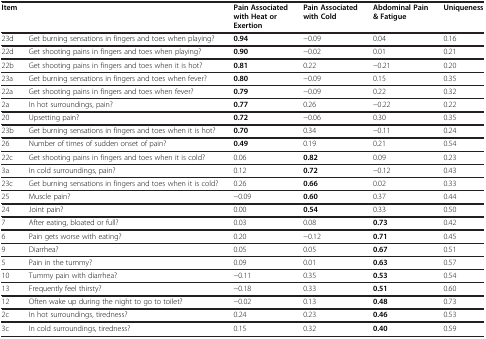
<table><thead><tr><td colspan="2"><b>Item</b></td><td><b>Pain Associated with Heat or Exertion</b></td><td><b>Pain Associated with Cold</b></td><td><b>Abdominal Pain &amp; Fatigue</b></td><td><b>Uniqueness</b></td></tr></thead><tbody><tr><td>23d</td><td>Get burning sensations in fingers and toes when playing?</td><td><b>0.94</b></td><td>−0.09</td><td>0.04</td><td>0.16</td></tr><tr><td>22d</td><td>Get shooting pains in fingers and toes when playing?</td><td><b>0.90</b></td><td>−0.02</td><td>0.01</td><td>0.21</td></tr><tr><td>22b</td><td>Get shooting pains in fingers and toes when it is hot?</td><td><b>0.81</b></td><td>0.22</td><td>−0.21</td><td>0.20</td></tr><tr><td>23a</td><td>Get burning sensations in fingers and toes when fever?</td><td><b>0.80</b></td><td>−0.09</td><td>0.15</td><td>0.35</td></tr><tr><td>22a</td><td>Get shooting pains in fingers and toes when fever?</td><td><b>0.79</b></td><td>−0.09</td><td>0.22</td><td>0.32</td></tr><tr><td>2a</td><td>In hot surroundings, pain?</td><td><b>0.77</b></td><td>0.26</td><td>−0.22</td><td>0.22</td></tr><tr><td>20</td><td>Upsetting pain?</td><td><b>0.72</b></td><td>−0.06</td><td>0.30</td><td>0.35</td></tr><tr><td>23b</td><td>Get burning sensations in fingers and toes when it is hot?</td><td><b>0.70</b></td><td>0.34</td><td>−0.11</td><td>0.24</td></tr><tr><td>26</td><td>Number of times of sudden onset of pain?</td><td><b>0.49</b></td><td>0.19</td><td>0.21</td><td>0.54</td></tr><tr><td>22c</td><td>Get shooting pains in fingers and toes when it is cold?</td><td>0.06</td><td><b>0.82</b></td><td>0.09</td><td>0.23</td></tr><tr><td>3a</td><td>In cold surroundings, pain?</td><td>0.12</td><td><b>0.72</b></td><td>−0.12</td><td>0.43</td></tr><tr><td>23c</td><td>Get burning sensations in fingers and toes when it is cold?</td><td>0.26</td><td><b>0.66</b></td><td>0.02</td><td>0.33</td></tr><tr><td>25</td><td>Muscle pain?</td><td>−0.09</td><td><b>0.60</b></td><td>0.37</td><td>0.44</td></tr><tr><td>24</td><td>Joint pain?</td><td>0.00</td><td><b>0.54</b></td><td>0.33</td><td>0.50</td></tr><tr><td>7</td><td>After eating, bloated or full?</td><td>0.03</td><td>0.08</td><td><b>0.73</b></td><td>0.42</td></tr><tr><td>6</td><td>Pain gets worse with eating?</td><td>0.20</td><td>−0.12</td><td><b>0.71</b></td><td>0.45</td></tr><tr><td>9</td><td>Diarrhea?</td><td>0.05</td><td>0.05</td><td><b>0.67</b></td><td>0.51</td></tr><tr><td>5</td><td>Pain in the tummy?</td><td>0.09</td><td>0.01</td><td><b>0.63</b></td><td>0.57</td></tr><tr><td>10</td><td>Tummy pain with diarrhea?</td><td>−0.11</td><td>0.35</td><td><b>0.53</b></td><td>0.54</td></tr><tr><td>13</td><td>Frequently feel thirsty?</td><td>−0.18</td><td>0.33</td><td><b>0.51</b></td><td>0.60</td></tr><tr><td>12</td><td>Often wake up during the night to go to toilet?</td><td>−0.02</td><td>0.13</td><td><b>0.48</b></td><td>0.73</td></tr><tr><td>2c</td><td>In hot surroundings, tiredness?</td><td>0.24</td><td>0.23</td><td><b>0.46</b></td><td>0.53</td></tr><tr><td>3c</td><td>In cold surroundings, tiredness?</td><td>0.15</td><td>0.32</td><td><b>0.40</b></td><td>0.59</td></tr></tbody></table>